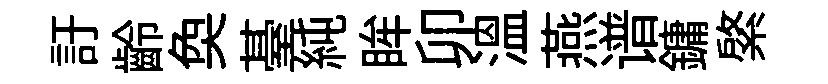
訏齡奐䑓純眸卯温燕谱鏞綮